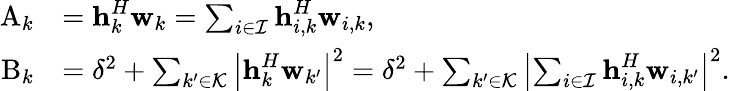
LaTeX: \begin{array}{rl}{\mathrm{A}_{k}}&{={\textbf{h}}_{k}^{H}{\textbf{w}}_{k}=\sum_{i\in\mathcal{I}}{\textbf{h}}_{i,k}^{H}\textbf{w}_{i,k},}\\ {\mathrm{B}_{k}}&{=\delta^{2}+\sum_{k^{\prime}\in\mathcal{K}}\left|{\textbf{h}}_{k}^{H}\textbf{w}_{k^{\prime}}\right|^{2}=\delta^{2}+\sum_{k^{\prime}\in\mathcal{K}}\left|\sum_{i\in\mathcal{I}}{\textbf{h}}_{i,k}^{H}\textbf{w}_{i,k^{\prime}}\right|^{2}.}\end{array}